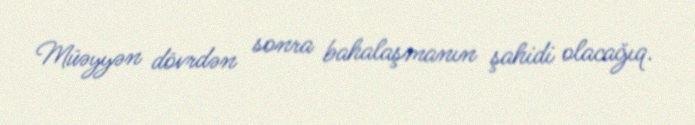
Müəyyən dövrdən sonra bahalaşmanın şahidi olacağıq.